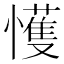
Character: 㦜